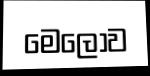
මෙලොව